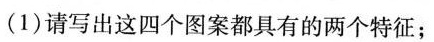
(1)请写出这四个图案都具有的两个特征；